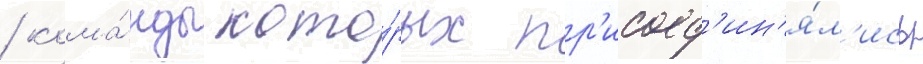
/ кома́нды кото́рых пр'исоед'ин'я́л'ись